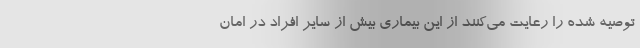
توصیه شده را رعایت می‌کنند از این بیماری بیش از سایر افراد در امان